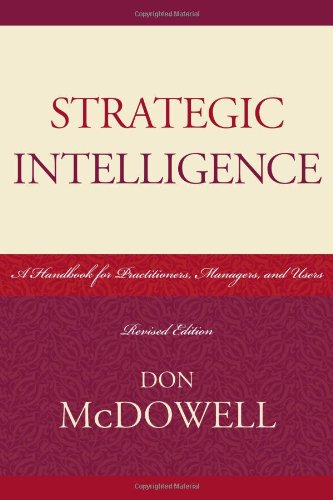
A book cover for Strategic Intelligence: A Handbook for Practitioners, Managers, and Users (Security and Professional Intelligence Education Series); Don McDowell; Biographies & Memoirs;